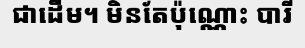
ជាដើម។ មិនតែប៉ុណ្ណោះ បារី